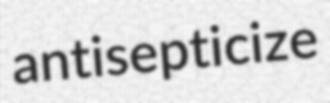
antisepticize